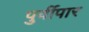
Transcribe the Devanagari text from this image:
पुर्वीपार